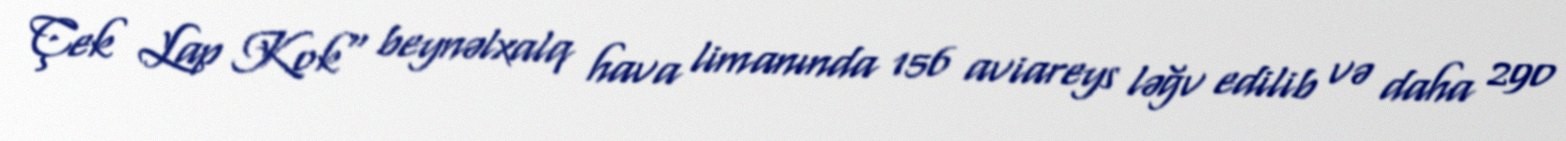
Çek Lap Kok" beynəlxalq hava limanında 156 aviareys ləğv edilib və daha 290